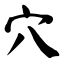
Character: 穴